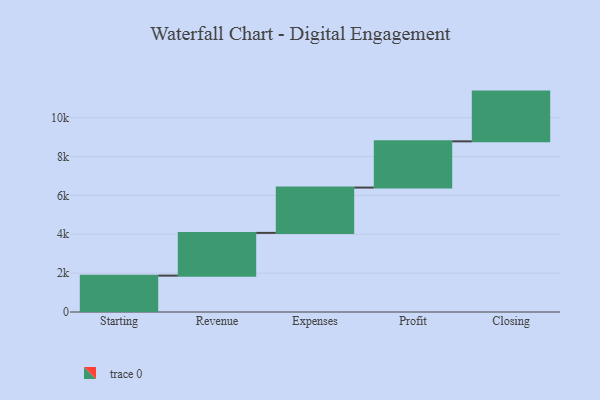
{"axis": {"x": "Step", "y": "Value"}, "legend": [""], "data": [{"x": "Starting", "y": 1872.0, "type": ""}, {"x": "Revenue", "y": 2200.0, "type": ""}, {"x": "Expenses", "y": 2332.0, "type": ""}, {"x": "Profit", "y": 2379.0, "type": ""}, {"x": "Closing", "y": 2560.0, "type": ""}]}